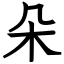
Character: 朵